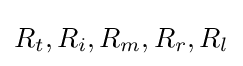
R_{t},R_{i},R_{m},R_{r},R_{l}